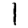
Digit: 1